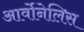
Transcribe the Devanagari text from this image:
आर्वोनेलिस